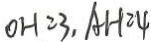
O H = 3 , A H = 4